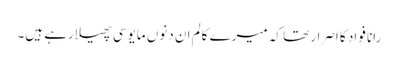
رانا فواد کا اصرار تھا کہ میرے کالم ان دنوں مایوسی پھیلارہے ہیں۔